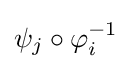
\psi _{j}\circ \varphi _{i}^{-1}